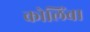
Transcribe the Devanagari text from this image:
कोलिंबा